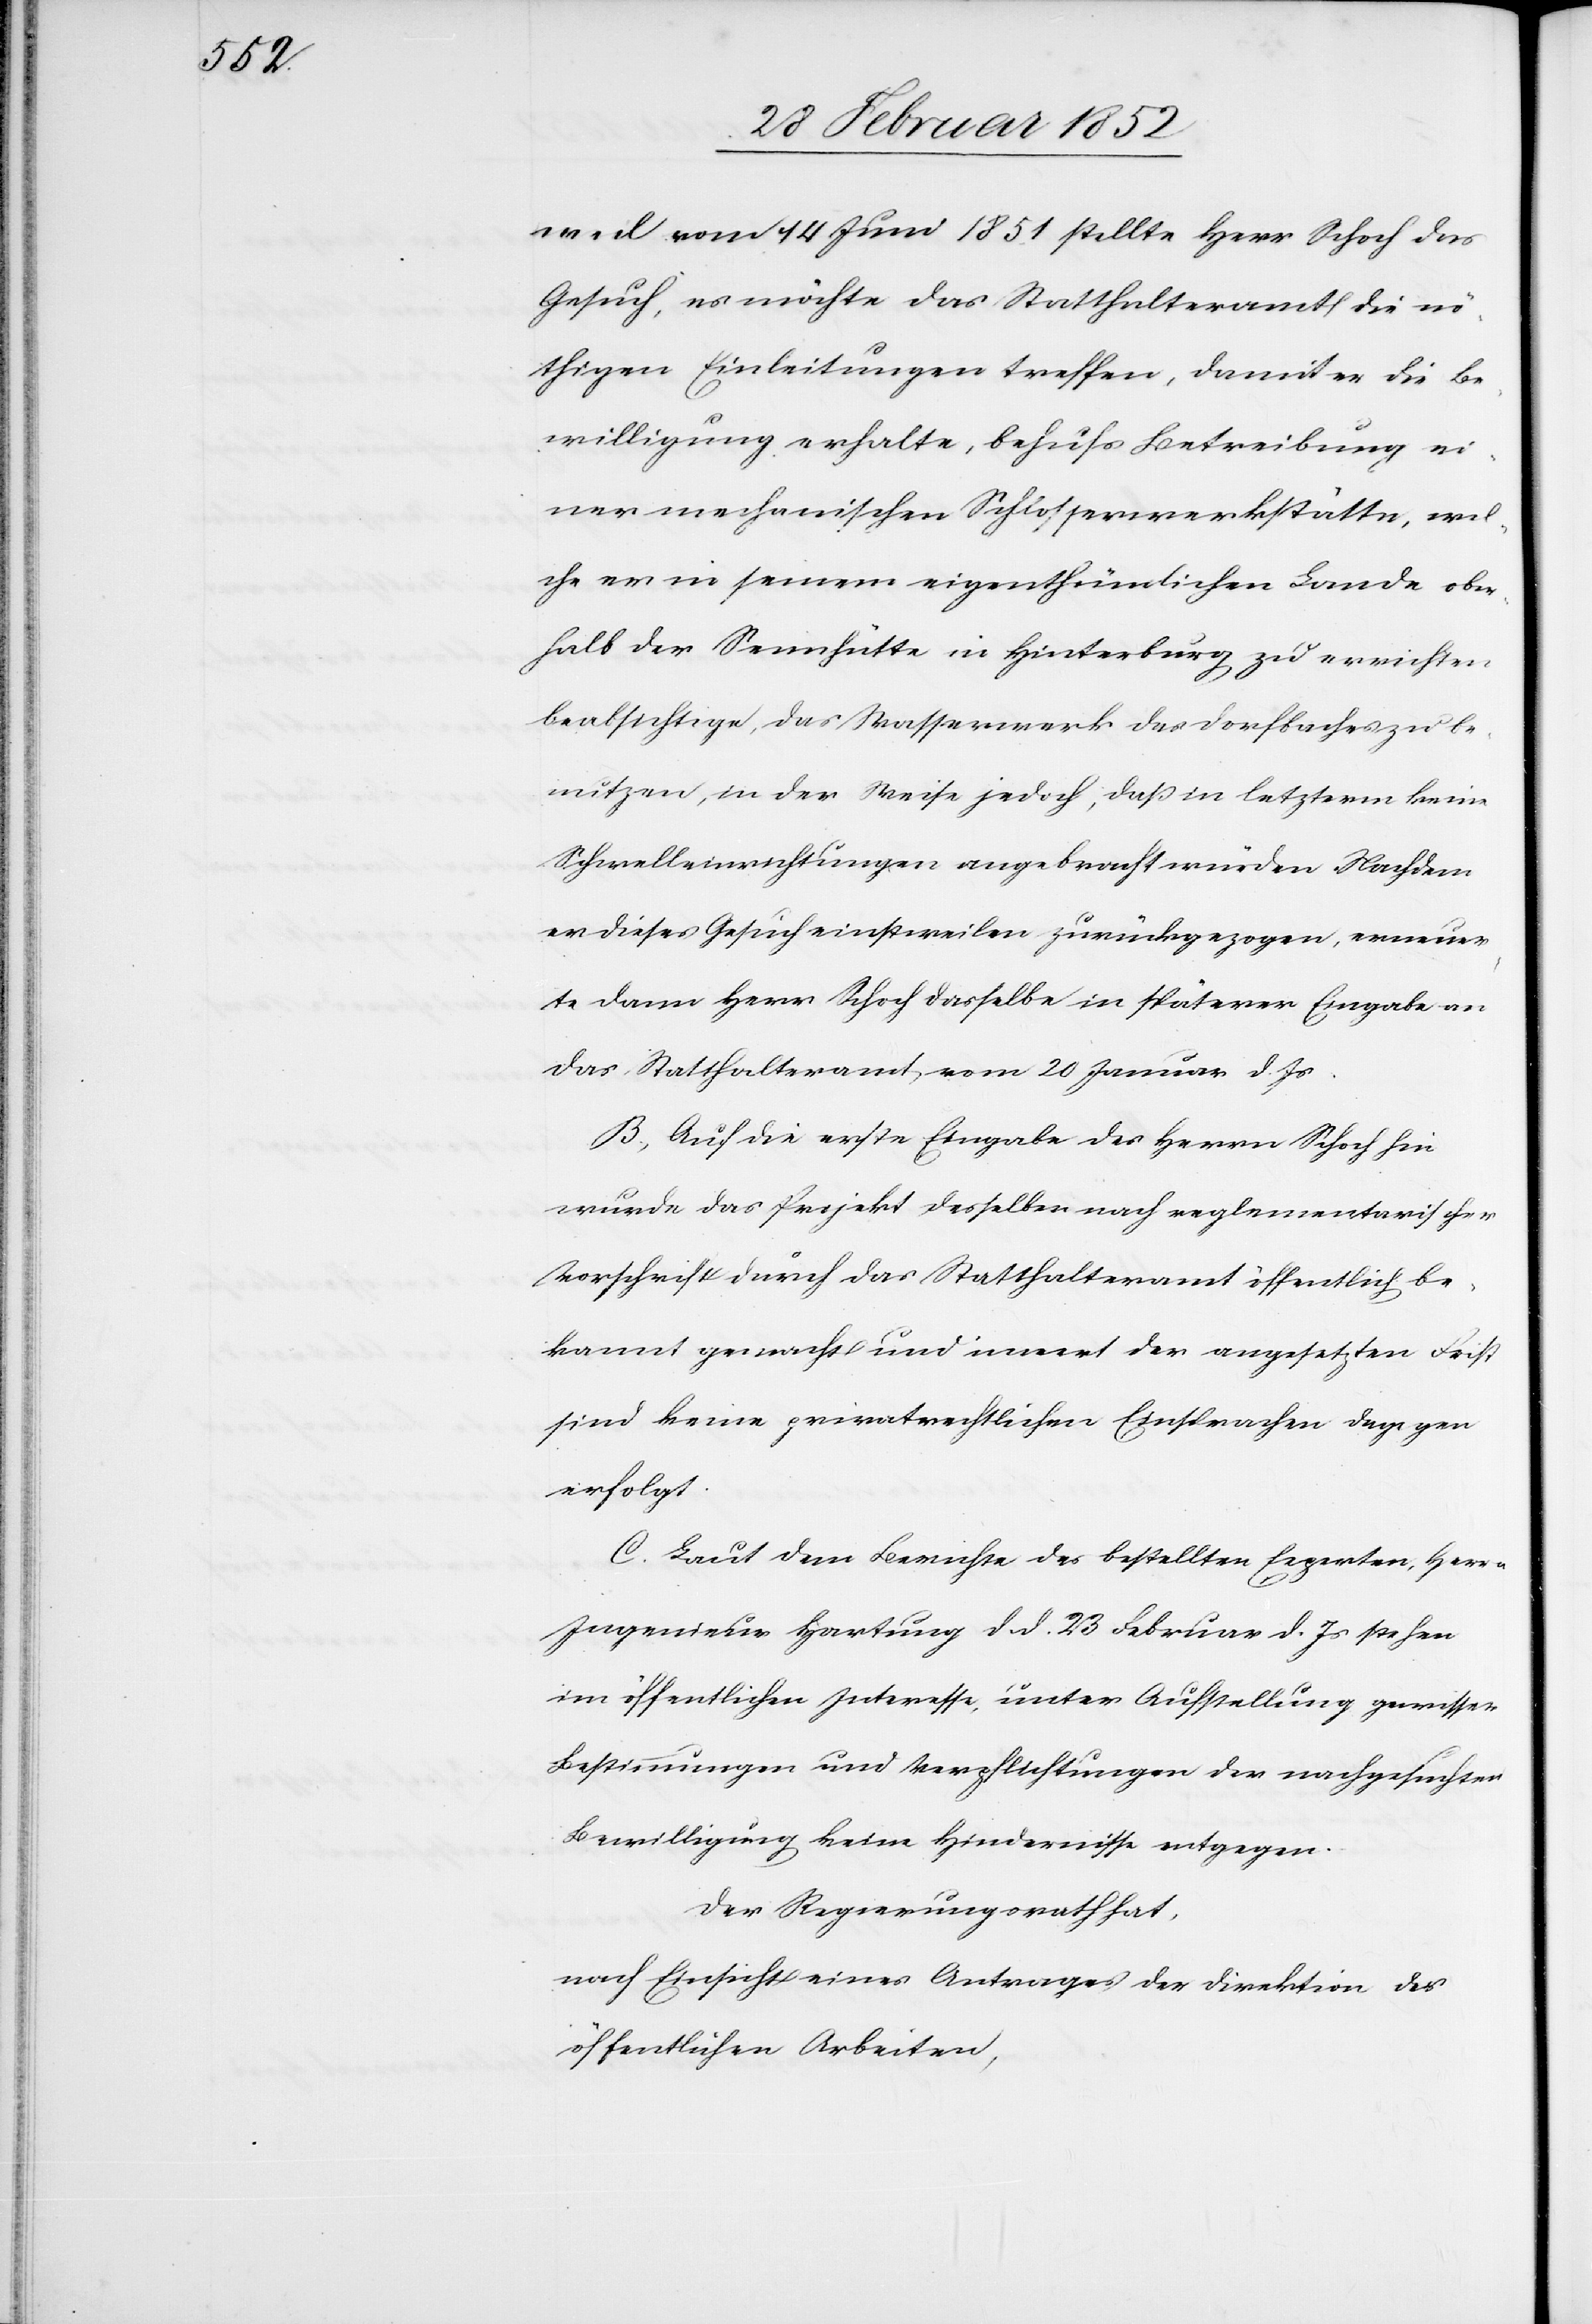
weil vom 14 Juni 1851 stellte Herr Schoch das
Gesuch, es möchte das Statthalteramt die nö¬
thigen Einleitungen treffen, damit er die Be¬
willigung erhalte, behufs Betreibung ei¬
ner mechanischen Schlosserwerkstätte, wel¬
che er in seinem eigenthümlichen Lande ober¬
halb der Sennhütte in Hinterberg zu errichten
beabsichtige, das Wasserwerk des Dorfbaches zu be¬
nutzen, in der Weise jedoch, daß in letzterm keine
Schwelleinrichtungen angebracht würden. Nachdem
er dieses Gesuch einstweilen zurückgezogen, erneuer¬
te dann Herr Schoch dasselbe in späterer Eingabe an
das Statthalteramt vom 20. Januar d. Js.
B.) Auf die erste Eingabe des Herrn Schoch hin
wurde das Projekt desselben nach reglementarischer
Vorschrift durch das Statthalteramt öffentlich be¬
kannt gemacht und innert der angesetzten Frist
sind keine privatrechtlichen Einsprachen dagegen
erfolgt.
C. Laut dem Berichte des bestellten Experten, Herr
Ingenieur Hartung dd. 23 Februar d. Js stehen
im öffentlichen Interesse, unter Aufstellung gewisser
Bestimmungen und Verpflichtungen der nachgesuchten
Bewilligung keine Hindernisse entgegen.
Der Regierungsrath hat,
nach Einsicht eines Antrages der Direktion der
öffentlichen Arbeiten,